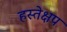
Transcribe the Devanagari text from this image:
हस्तेक्षप